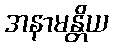
အနာမန္တိယ